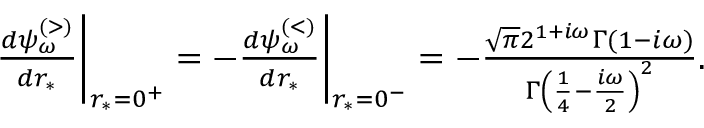
\begin{array} { r } { \frac { d \psi _ { \omega } ^ { \scriptscriptstyle ( > ) } } { d r _ { * } } \bigg | _ { r _ { * } = 0 ^ { + } } = - \frac { d \psi _ { \omega } ^ { \scriptscriptstyle ( < ) } } { d r _ { * } } \bigg | _ { r _ { * } = 0 ^ { - } } = - \frac { \sqrt { \pi } 2 ^ { 1 + i \omega } \Gamma ( 1 - i \omega ) } { \Gamma \left( \frac { 1 } { 4 } - \frac { i \omega } { 2 } \right) ^ { 2 } } . } \end{array}